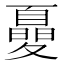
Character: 𡕾